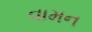
વામન